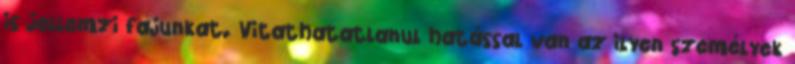
is jellemzi fajunkat. Vitathatatlanul hatással van az ilyen személyek